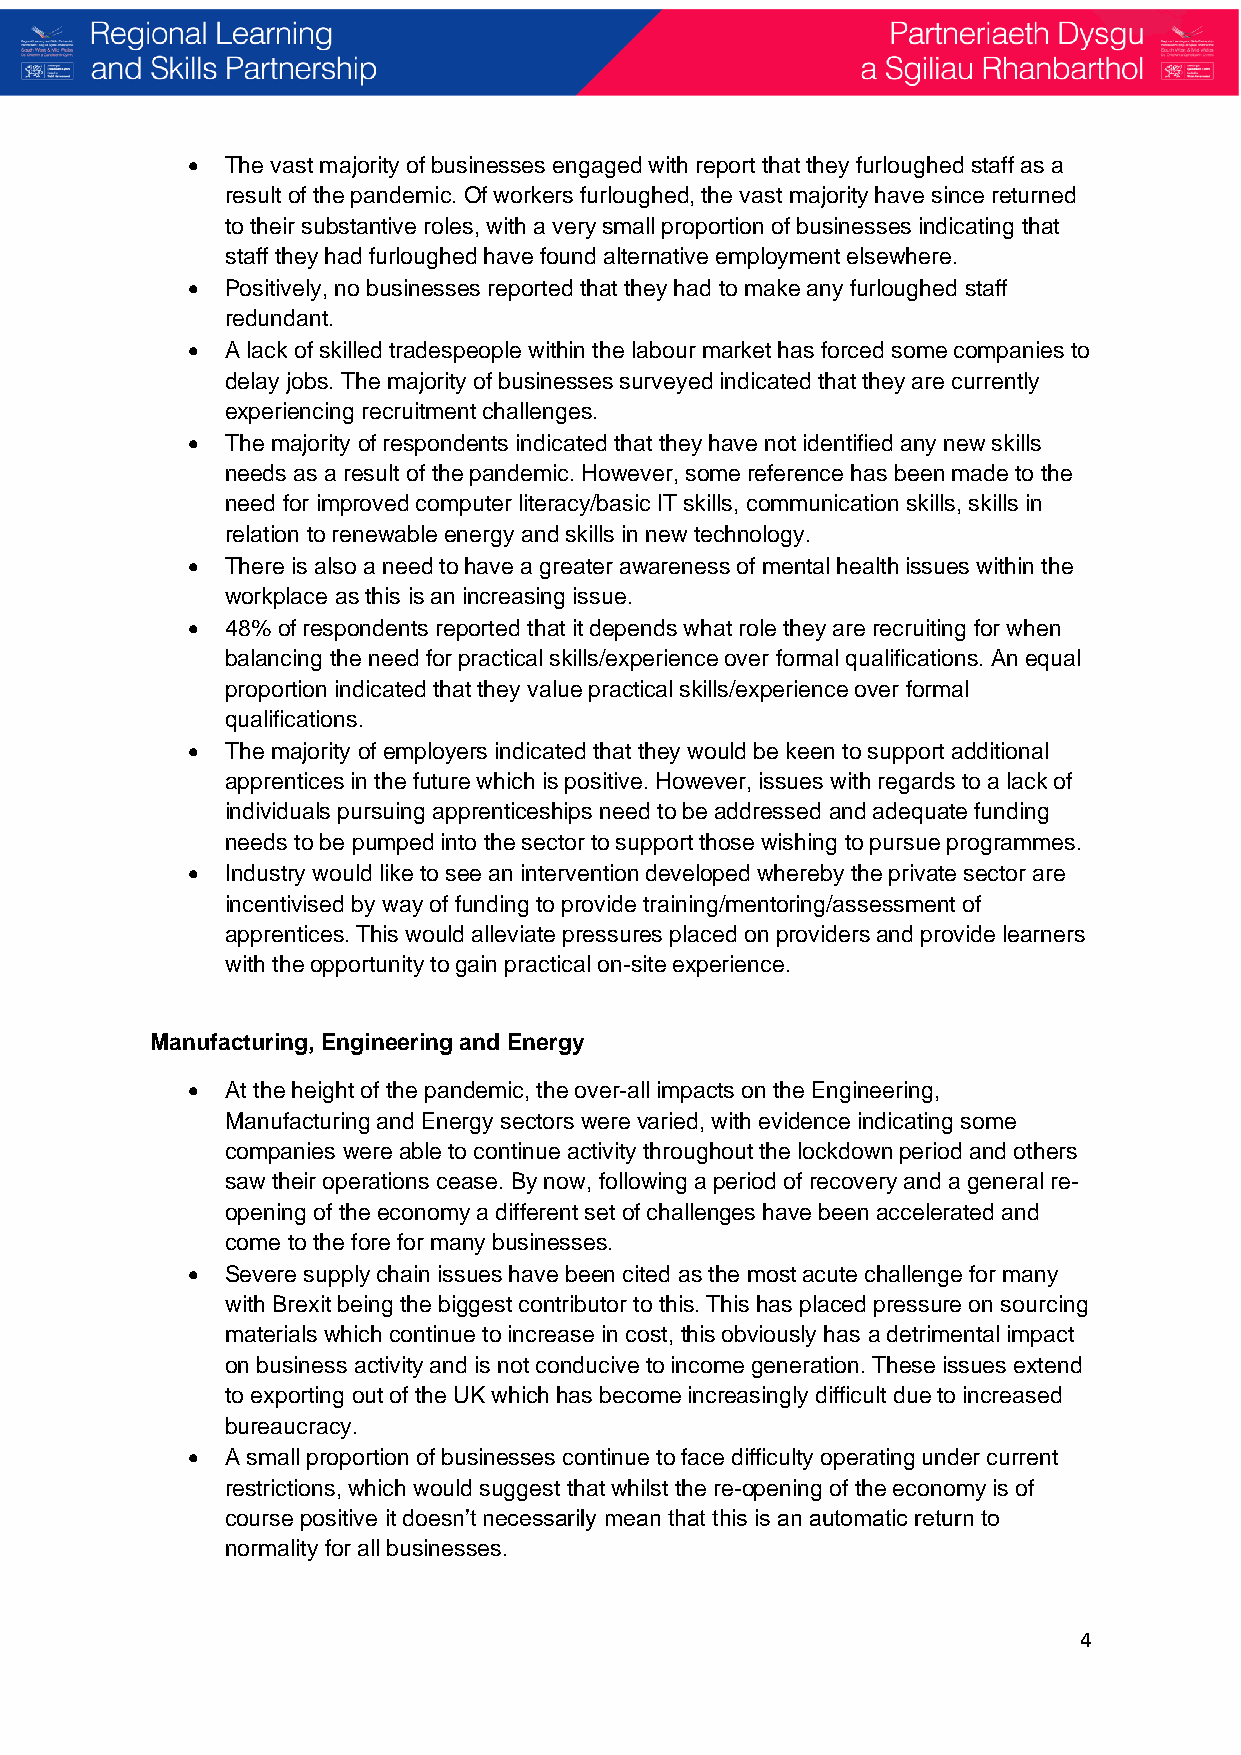
•  The vast majority of businesses engaged with report that they furloughed staff as a
 result of the pandemic. Of workers furloughed, the vast majority have since returned
 to their substantive roles, with a very small proportion of businesses indicating that
 staff they had furloughed have found alternative employment elsewhere.
 •  Positively, no businesses reported that they had to make any furloughed staff
 redundant.
 •  A lack of skilled tradespeople within the labour market has forced some companies to
 delay jobs. The majority of businesses surveyed indicated that they are currently
 experiencing recruitment challenges.
 •  The majority of respondents indicated that they have not identified any new skills
 needs as a result of the pandemic. However, some reference has been made to the
 need for improved computer literacy/basic IT skills, communication skills, skills in
 relation to renewable energy and skills in new technology.
 •  There is also a need to have a greater awareness of mental health issues within the
 workplace as this is an increasing issue.
 •  48% of respondents reported that it depends what role they are recruiting for when
 balancing the need for practical skills/experience over formal qualifications. An equal
 proportion indicated that they value practical skills/experience over formal
 qualifications.
 •  The majority of employers indicated that they would be keen to support additional
 apprentices in the future which is positive. However, issues with regards to a lack of
 individuals pursuing apprenticeships need to be addressed and adequate funding
 needs to be pumped into the sector to support those wishing to pursue programmes.
 •  Industry would like to see an intervention developed whereby the private sector are
 incentivised by way of funding to provide training/mentoring/assessment of
 apprentices. This would alleviate pressures placed on providers and provide learners
 with the opportunity to gain practical on-site experience.
 Manufacturing, Engineering and Energy
 •  At the height of the pandemic, the over-all impacts on the Engineering,
 Manufacturing and Energy sectors were varied, with evidence indicating some
 companies were able to continue activity throughout the lockdown period and others
 saw their operations cease. By now, following a period of recovery and a general re-
 opening of the economy a different set of challenges have been accelerated and
 come to the fore for many businesses.
 •  Severe supply chain issues have been cited as the most acute challenge for many
 with Brexit being the biggest contributor to this. This has placed pressure on sourcing
 materials which continue to increase in cost, this obviously has a detrimental impact
 on business activity and is not conducive to income generation. These issues extend
 to exporting out of the UK which has become increasingly difficult due to increased
 bureaucracy.
 •  A small proportion of businesses continue to face difficulty operating under current
 restrictions, which would suggest that whilst the re-opening of the economy is of
 course positive it doesn’t necessarily mean that this is an automatic return to
 normality for all businesses.
 4